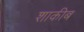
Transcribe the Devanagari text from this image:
शाकीब